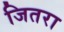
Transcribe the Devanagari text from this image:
जितरा